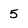
Character: 5